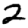
Digit: 2